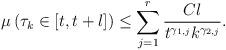
LaTeX: \begin{align*} \mu\left(\tau_k\in [t, t+l]\right)\leq \sum_{j=1}^r \frac{C l}{t^{\gamma_{1,j}} k^{\gamma_{2,j}}} .\end{align*}